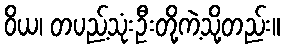
ဝိယ၊ တပည့်သုံးဦးတို့ကဲ့သို့တည်း။